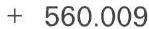
+ 560.009